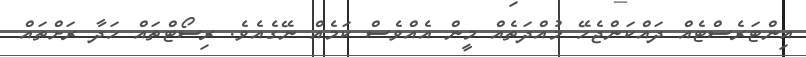
އިންޓަރެސްޓެއް ދައްކަންޖެހޭ މުއްދަތެއް މީން އެއްވެސް ކަމެއް ނޭގެއެވެ. ރިސޯޓްތައް ހަދާ ރަށްތައް